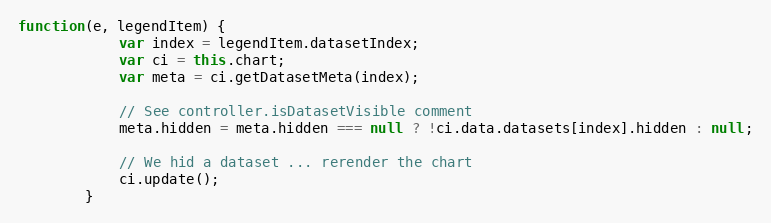
Language: JavaScript
function(e, legendItem) {
			var index = legendItem.datasetIndex;
			var ci = this.chart;
			var meta = ci.getDatasetMeta(index);

			// See controller.isDatasetVisible comment
			meta.hidden = meta.hidden === null ? !ci.data.datasets[index].hidden : null;

			// We hid a dataset ... rerender the chart
			ci.update();
		}